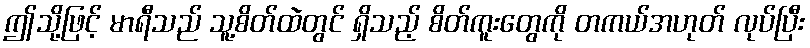
ဤသို့ဖြင့် မာရီသည် သူ့စိတ်ထဲတွင် ရှိသည့် စိတ်ကူးတွေကို တကယ်အဟုတ် လုပ်ပြီး